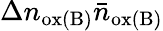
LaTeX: \Delta n_{\mathrm{ox(B)}}\bar{n}_{\mathrm{ox(B)}}